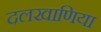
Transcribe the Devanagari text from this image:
दलखाणिया